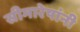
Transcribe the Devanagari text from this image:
सीमारेषांनी